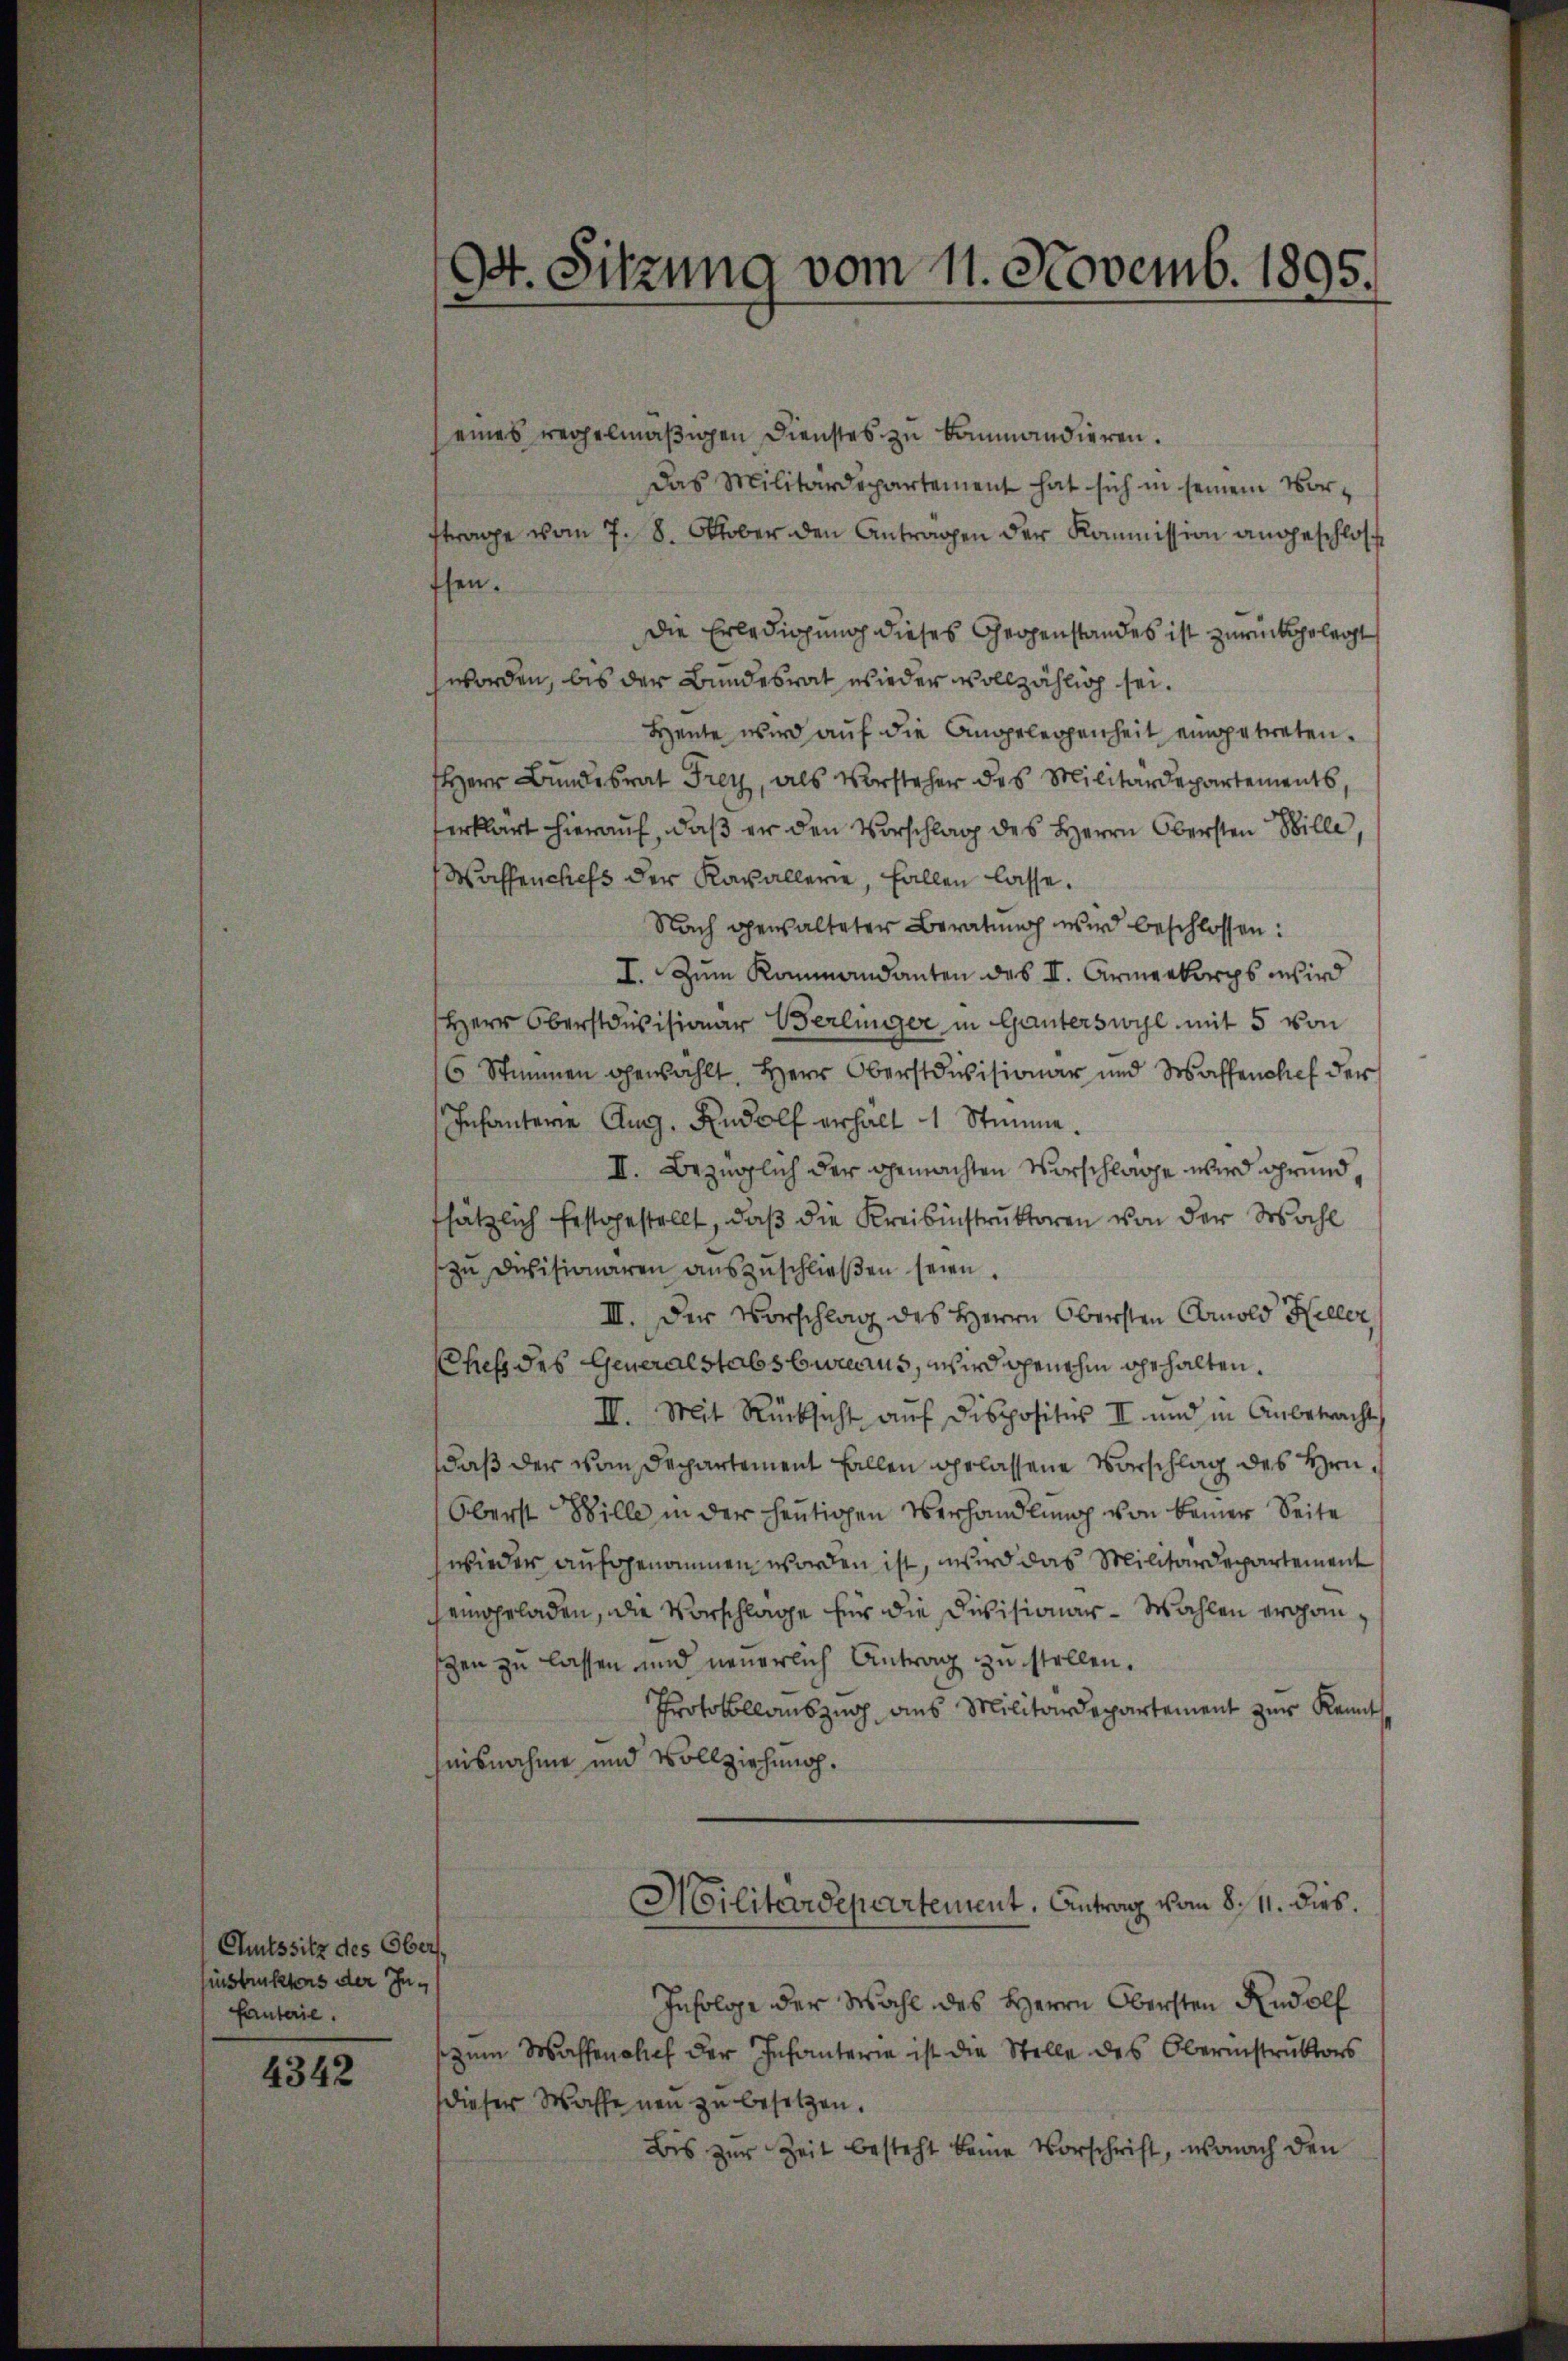
Chutssitz des Obers,
instruktens der Infanterie.

4342

94. Sitzung vom 11. Novemb. 1895.

eines rechelmäßigen Dienstes zu kommandieren.
Das Militärdepartement hat sich in seinem Vorftrage vom 7. 8. Oktober den Antragen der Kommission angeschlos
ffen.
Die Erledigung dieses Gegenstandes ist zurückgelegt
worden, bis der Bundesrat wieder vollzählig sei.
Heute wird auf die Angelegenheit eingetreten.
Herr Bundesrat Frey, als Vorsteher des Militärdepartements,
erklärt hierauf, daß er den Vorschlag des Herrn Obersten Bille,
Waffenchefs der Kavallerie, fallen lasse.
Nach gewalteter Beratung wird beschlossen:
I. Zum Kommandanten des II. Armeekorps wird
Herr Oberstausisionar Berlinger in Ganterswyl mit 5 von
6 Stimmen gewählt. Herr Oberstdivisionar und Waffenchef der
Infantere Aug. Rudolf erhalt 1 Stimme.
II. Bezüglich der gemachten Vorschlage wird grund,
fsätzlich festgestellt, daß die Kreisinstruktoren von der Wahl
zŭ Divisionären aŭszŭschlieβen seien.
III. Der Vorschlag des Herrn Obersten Comold Heller
Chef des Generalstabsbureaus, wird ohnehin gehalten.
III. Mit Rücksicht auf dispositus II und in Anbetracht
daß der vom Departement fallen gelassene Vorschlag des Hrn.
Oberst Wille in der heutigen Verhandlung von keiner Seite
wieder aufgenommen worden ist, wird das Militärdepartement
hemghrladen, die Vorschlage für die Divisionar-Wahlen ergan
gen zu lassen und neuerlich Antrag zu stellen.
Protokollauszug aus Militärdepartement zur Kennt
heisnahme und Vollziehung.
Militärdepartement, Antrag vom 8. 11. dies.
Infolge der Wahl des Herrn Obersten Rudolf
zum Waffentlich der Infanterie ist die Stelle des Obernistruktors
dieser Wasse neu zu besetzen.
Bis zur Zeit besteht keine Vorschrift, wonach den